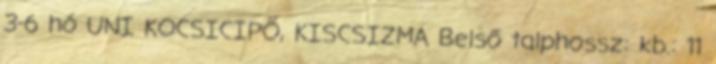
3-6 hó UNI KOCSICIPŐ, KISCSIZMA Belső talphossz: kb.: 11